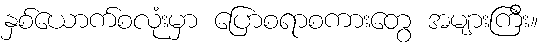
နှစ်ယောက်စလုံးမှာ ပြောစရာစကားတွေ အများကြီး။